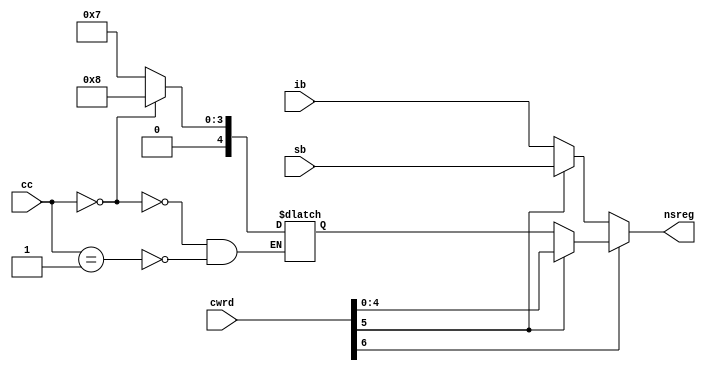
`timescale 1ns / 1ps
module ns_reg(cwrd, nsreg, ib, sb,cc );


input [28:0] cwrd;
input [3:0] cc;
input [4:0] ib,sb;
reg [4:0] cb;
output reg [4:0] nsreg;

always @(cwrd)
begin



 nsreg = cwrd [6] ? (cwrd[5] ? cwrd[4:0]:cb) : (cwrd[5] ? sb:ib);
/*case (cwrd [6:5] )
    00: nsreg = ib;
    01: nsreg = sb;
    10: nsreg = cb;
    11: nsreg = cwrd[4:0];
    default nsreg = 5'b00000;
 endcase
 */
 end
 
 always @ (cc)
 begin
   if(cc==4'b0001)
     cb=5'b00111;
     
   if (cc==4'b0000)
    cb=5'b01000;
 
 end
 endmodule